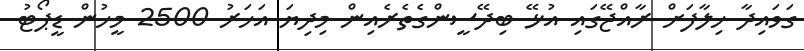
ގަވައިދާ ހިލާފަށް ރާއްޖޭގައި އުޅޭ ބިދޭސީންގެތެރެއިން މިދިޔަ އަހަރު 2500 މީހުން ޑީޕޯޓު